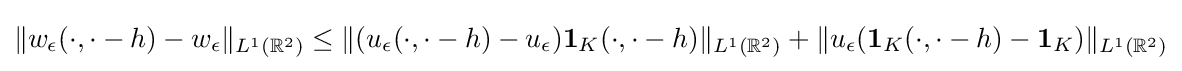
\Vert w_{\epsilon }(\cdot ,\cdot -h)-w_{\epsilon }\Vert _{L^{1}(\mathbb {R} ^{2})}\leq \Vert (u_{\epsilon }(\cdot ,\cdot -h)-u_{\epsilon })\mathbf {1} _{K}(\cdot ,\cdot -h)\Vert _{L^{1}(\mathbb {R} ^{2})}+\Vert u_{\epsilon }(\mathbf {1} _{K}(\cdot ,\cdot -h)-\mathbf {1} _{K})\Vert _{L^{1}(\mathbb {R} ^{2})}